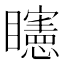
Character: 𥌷